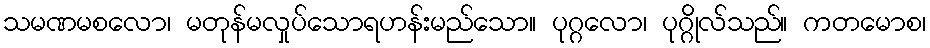
သမဏမစလော၊ မတုန်မလှုပ်သောရဟန်းမည်သော။ ပုဂ္ဂလော၊ ပုဂ္ဂိုလ်သည်။ ကတမောစ၊